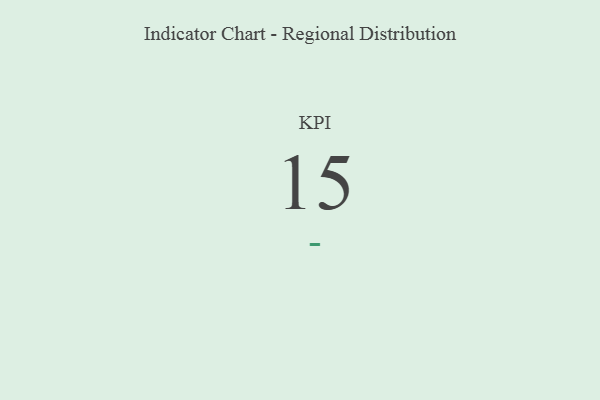
{"axis": {"x": "KPI", "y": "Value"}, "legend": [""], "data": [{"x": "KPI", "y": 15, "type": ""}]}